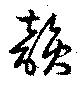
韻